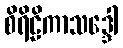
စိရိဠိကာသဒ္ဒေါ